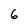
Character: 6